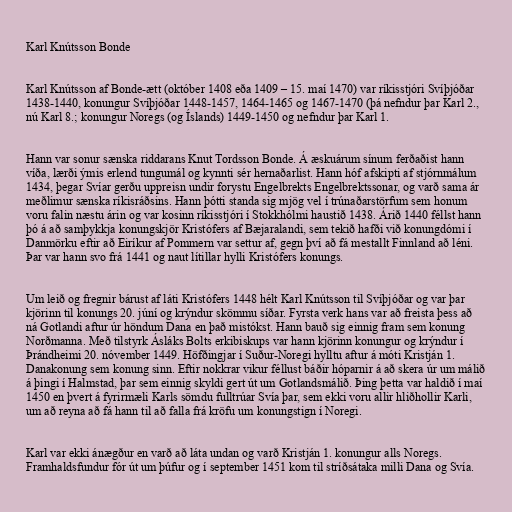
Karl Knútsson Bonde

Karl Knútsson af Bonde-ætt (október 1408 eða 1409 – 15. maí 1470) var ríkisstjóri Svíþjóðar
1438-1440, konungur Svíþjóðar 1448-1457, 1464-1465 og 1467-1470 (þá nefndur þar Karl 2.,
nú Karl 8.; konungur Noregs (og Íslands) 1449-1450 og nefndur þar Karl 1.

Hann var sonur sænska riddarans Knut Tordsson Bonde. Á æskuárum sínum ferðaðist hann
víða, lærði ýmis erlend tungumál og kynnti sér hernaðarlist. Hann hóf afskipti af stjórnmálum
1434, þegar Svíar gerðu uppreisn undir forystu Engelbrekts Engelbrektssonar, og varð sama ár
meðlimur sænska ríkisráðsins. Hann þótti standa sig mjög vel í trúnaðarstörfum sem honum
voru falin næstu árin og var kosinn ríkisstjóri í Stokkhólmi haustið 1438. Árið 1440 féllst hann
þó á að samþykkja konungskjör Kristófers af Bæjaralandi, sem tekið hafði við konungdómi í
Danmörku eftir að Eiríkur af Pommern var settur af, gegn því að fá mestallt Finnland að léni.
Þar var hann svo frá 1441 og naut lítillar hylli Kristófers konungs.

Um leið og fregnir bárust af láti Kristófers 1448 hélt Karl Knútsson til Svíþjóðar og var þar
kjörinn til konungs 20. júní og krýndur skömmu síðar. Fyrsta verk hans var að freista þess að
ná Gotlandi aftur úr höndum Dana en það mistókst. Hann bauð sig einnig fram sem konung
Norðmanna. Með tilstyrk Ásláks Bolts erkibiskups var hann kjörinn konungur og krýndur í
Þrándheimi 20. nóvember 1449. Höfðingjar í Suður-Noregi hylltu aftur á móti Kristján 1.
Danakonung sem konung sinn. Eftir nokkrar vikur féllust báðir hóparnir á að skera úr um málið
á þingi í Halmstad, þar sem einnig skyldi gert út um Gotlandsmálið. Þing þetta var haldið í maí
1450 en þvert á fyrirmæli Karls sömdu fulltrúar Svía þar, sem ekki voru allir hliðhollir Karli,
um að reyna að fá hann til að falla frá kröfu um konungstign í Noregi.

Karl var ekki ánægður en varð að láta undan og varð Kristján 1. konungur alls Noregs.
Framhaldsfundur fór út um þúfur og í september 1451 kom til stríðsátaka milli Dana og Svía.